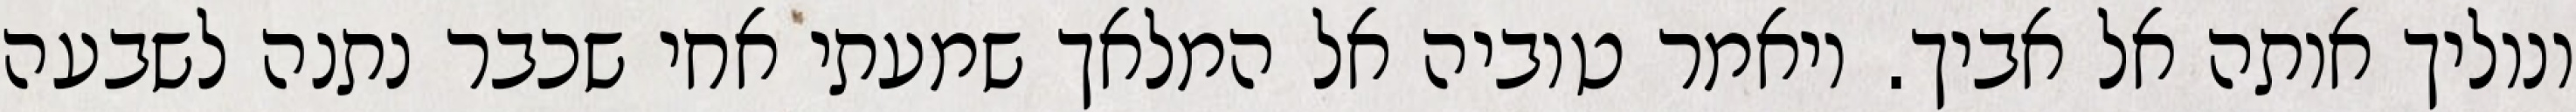
ונוליך אותה אל אביך. ויאמר טוביה אל המלאך שמעתי אחי שכבר נתנה לשבעה